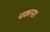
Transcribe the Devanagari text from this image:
पकाना।